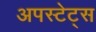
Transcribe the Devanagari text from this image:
अपस्टेट्स